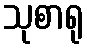
သုစာရု